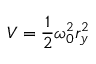
V = \frac { 1 } { 2 } \omega _ { 0 } ^ { 2 } r _ { y } ^ { 2 }